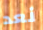
نعد